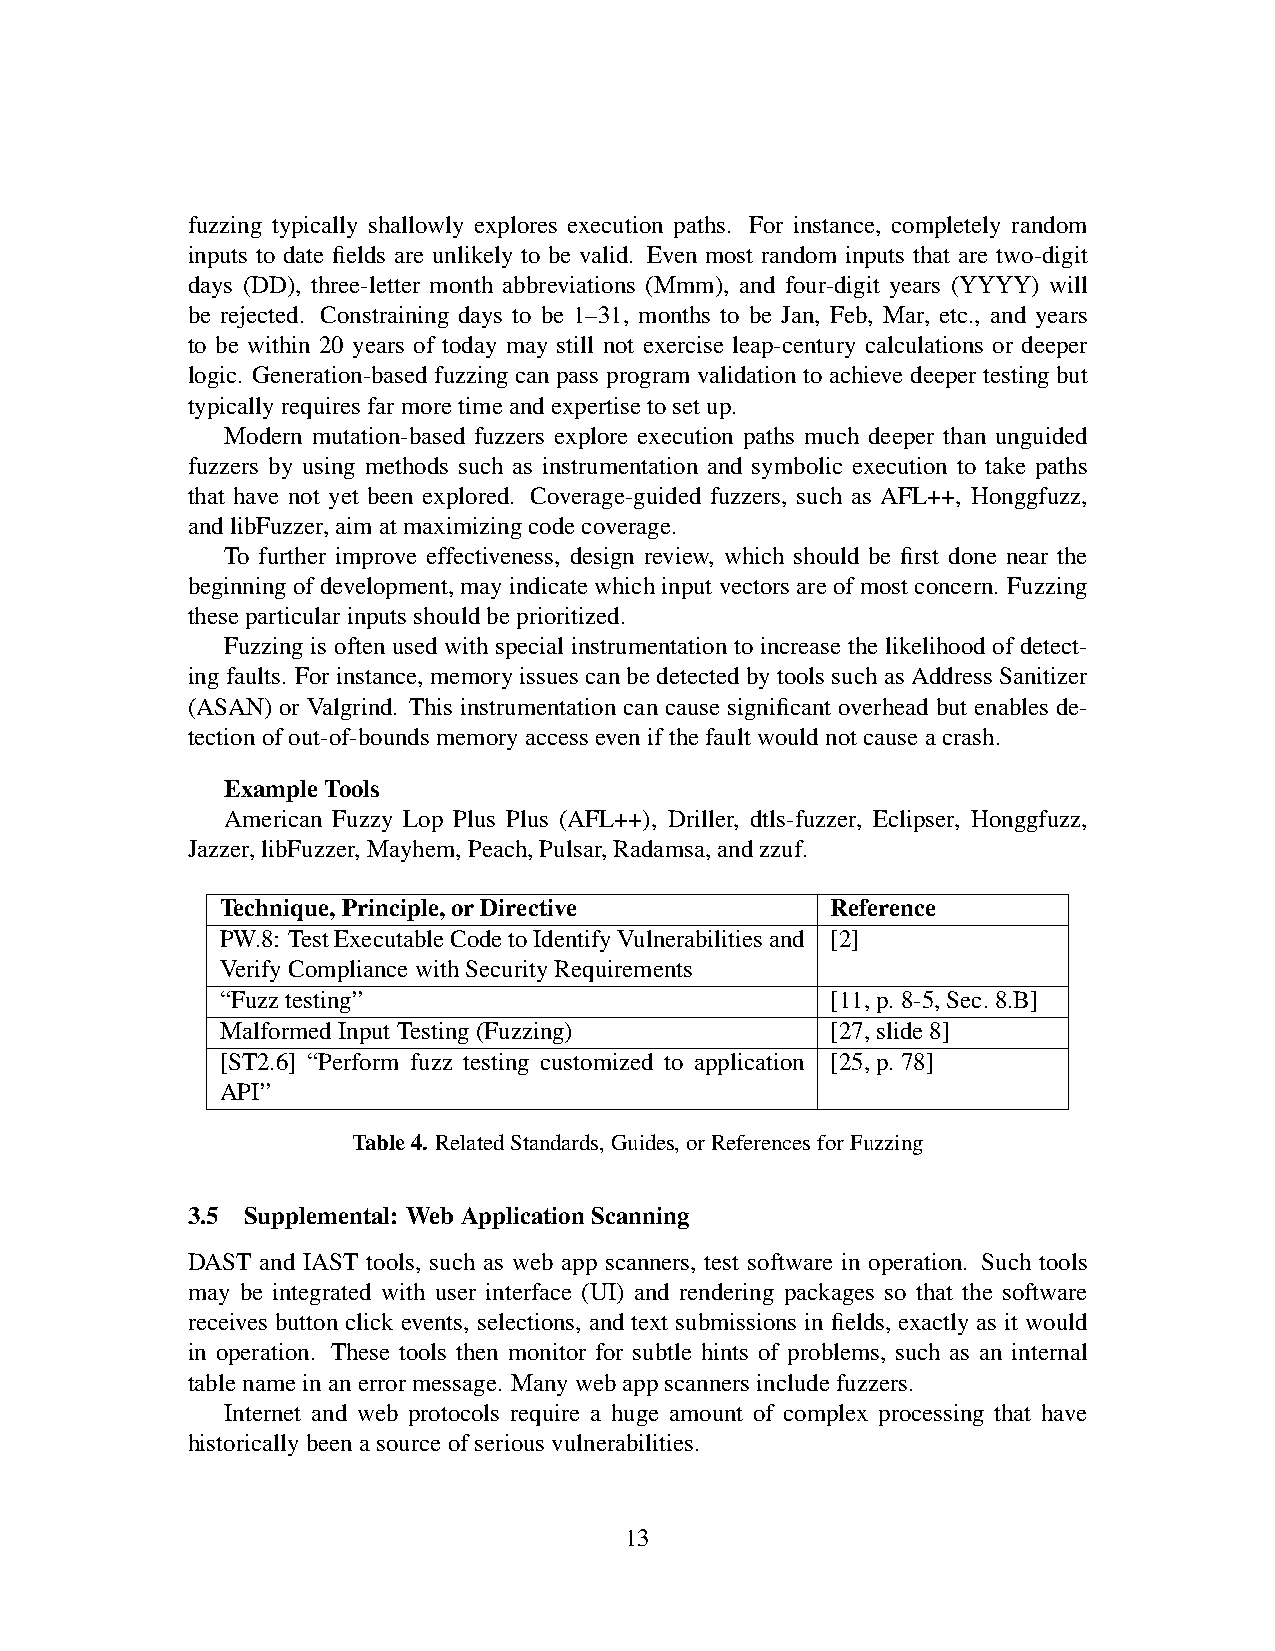
fuzzing typically shallowly explores execution paths. For instance, completely random
 inputs to date fields are unlikely to be valid. Even most random inputs that are two-digit
 days (DD), three-letter month abbreviations (Mmm), and four-digit years (YYYY) will
 be rejected. Constraining days to be 1–31, months to be Jan, Feb, Mar, etc., and years
 to be within 20 years of today may still not exercise leap-century calculations or deeper
 logic. Generation-based fuzzing can pass program validation to achieve deeper testing but
 typically requires far more time and expertise to set up.
 Modern mutation-based fuzzers explore execution paths much deeper than unguided
 fuzzers by using methods such as instrumentation and symbolic execution to take paths
 that have not yet been explored. Coverage-guided fuzzers, such as AFL++, Honggfuzz,
 and libFuzzer, aim at maximizing code coverage.
 To further improve effectiveness, design review, which should be first done near the
 beginning of development, may indicate which input vectors are of most concern. Fuzzing
 these particular inputs should be prioritized.
 Fuzzing is often used with special instrumentation to increase the likelihood of detect-
 ing faults. For instance, memory issues can be detected by tools such as Address Sanitizer
 (ASAN) or Valgrind. This instrumentation can cause significant overhead but enables de-
 tection of out-of-bounds memory access even if the fault would not cause a crash.
 Example Tools
 American Fuzzy Lop Plus Plus (AFL++), Driller, dtls-fuzzer, Eclipser, Honggfuzz,
 Jazzer, libFuzzer, Mayhem, Peach, Pulsar, Radamsa, and zzuf.
 Technique, Principle, or Directive      Reference
 PW.8: Test Executable Code to Identify Vulnerabilities and [2]
 Verify Compliance with Security Requirements
 “Fuzz testing”                          [11, p. 8-5, Sec. 8.B]
 Malformed Input Testing (Fuzzing)       [27, slide 8]
 [ST2.6] “Perform fuzz testing customized to application [25, p. 78]
 API”
 Table 4. Related Standards, Guides, or References for Fuzzing
 3.5 Supplemental: Web Application Scanning
 DAST and IAST tools, such as web app scanners, test software in operation. Such tools
 may be integrated with user interface (UI) and rendering packages so that the software
 receives button click events, selections, and text submissions in fields, exactly as it would
 in operation. These tools then monitor for subtle hints of problems, such as an internal
 table name in an error message. Many web app scanners include fuzzers.
 Internet and web protocols require a huge amount of complex processing that have
 historically been a source of serious vulnerabilities.
 13